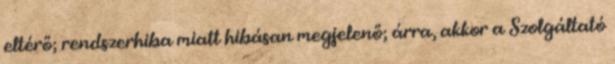
eltérő; rendszerhiba miatt hibásan megjelenő; árra, akkor a Szolgáltató